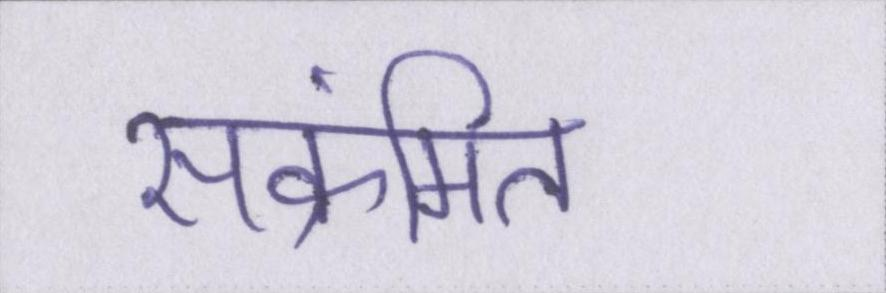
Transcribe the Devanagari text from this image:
संक्रमित